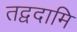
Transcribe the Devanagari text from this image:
तद्वदामि